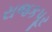
રાજકપૂર